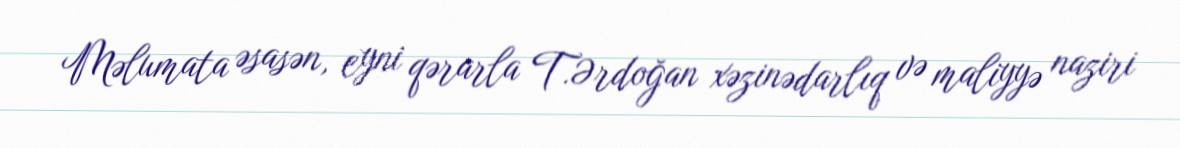
Məlumata əsasən, eyni qərarla T.Ərdoğan xəzinədarlıq və maliyyə naziri